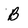
Character: B